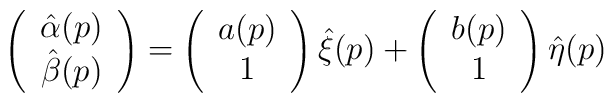
\left(\begin{array}{cc}\hat{\alpha}(p)\\\hat{\beta}(p)\end{array}\right) =\left(\begin{array}{cc}a(p)\\1 \end{array}\right)\hat{\xi}(p) +\left(\begin{array}{cc}b(p)\\1 \end{array}\right)\hat{\eta}(p)